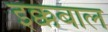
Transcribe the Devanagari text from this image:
इक्कबाल